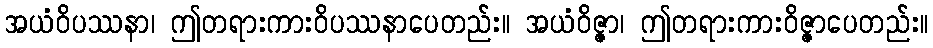
အယံဝိပဿနာ၊ ဤတရားကားဝိပဿနာပေတည်း။ အယံဝိဇ္ဇာ၊ ဤတရားကားဝိဇ္ဇာပေတည်း။